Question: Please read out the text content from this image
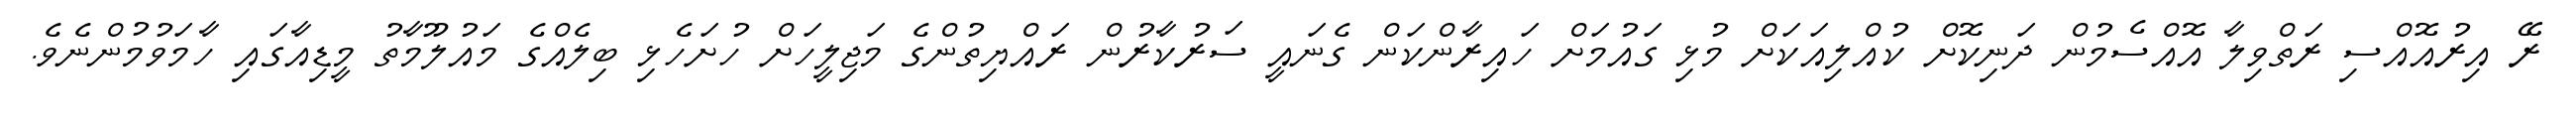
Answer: ރޭ އިރުއޮއްސި ރަތްވިލާ އޮއްސެމުން ދަނިކޮށް ކުއްލިއަކަށް މުޅި ގައުމަށް ހައިރާންކަން ގެނައީ ސަރުކާރުން ރައްޔިތުންގެ މަޖިލީހަށް ހުށަހެޅި ބިލެއްގެ މައުލޫމާތު މީޑިއާގައި ހާމަވުމުންނެވެ.